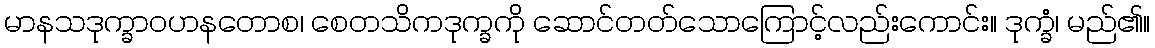
မာနသဒုက္ခာဝဟနတောစ၊ စေတသိကဒုက္ခကို ဆောင်တတ်သောကြောင့်လည်းကောင်း။ ဒုက္ခံ၊ မည်၏။